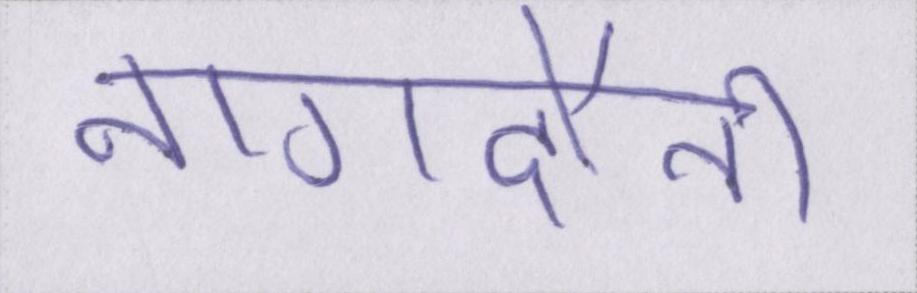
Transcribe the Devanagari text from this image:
नागदौनी